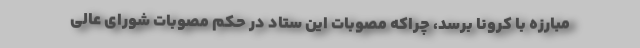
مبارزه با کرونا برسد، چراکه مصوبات این ستاد در حکم مصوبات شورای عالی